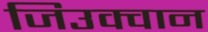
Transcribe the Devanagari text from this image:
जिउक्वान